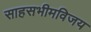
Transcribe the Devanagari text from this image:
साहसभीमविजय